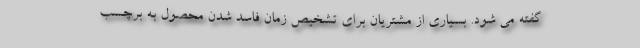
گفته می شود. بسیاری از مشتریان برای تشخیص زمان فاسد شدن محصول به برچسب